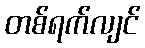
တစ်ရက်လျင်